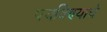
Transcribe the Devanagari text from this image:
पचविण्याचे